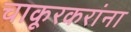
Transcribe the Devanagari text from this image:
चाकूरकरांना